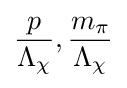
{\frac {p}{\Lambda _{\chi }}},{\frac {m_{\pi }}{\Lambda _{\chi }}}